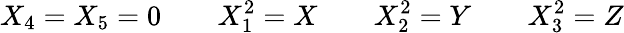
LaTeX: X_{4}=X_{5}=0\quad\quad X_{1}^{2}=X\quad\quad X_{2}^{2}=Y\quad\quad X_{3}^{2}=Z